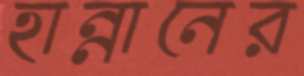
হান্নানের